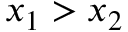
x _ { 1 } > x _ { 2 }